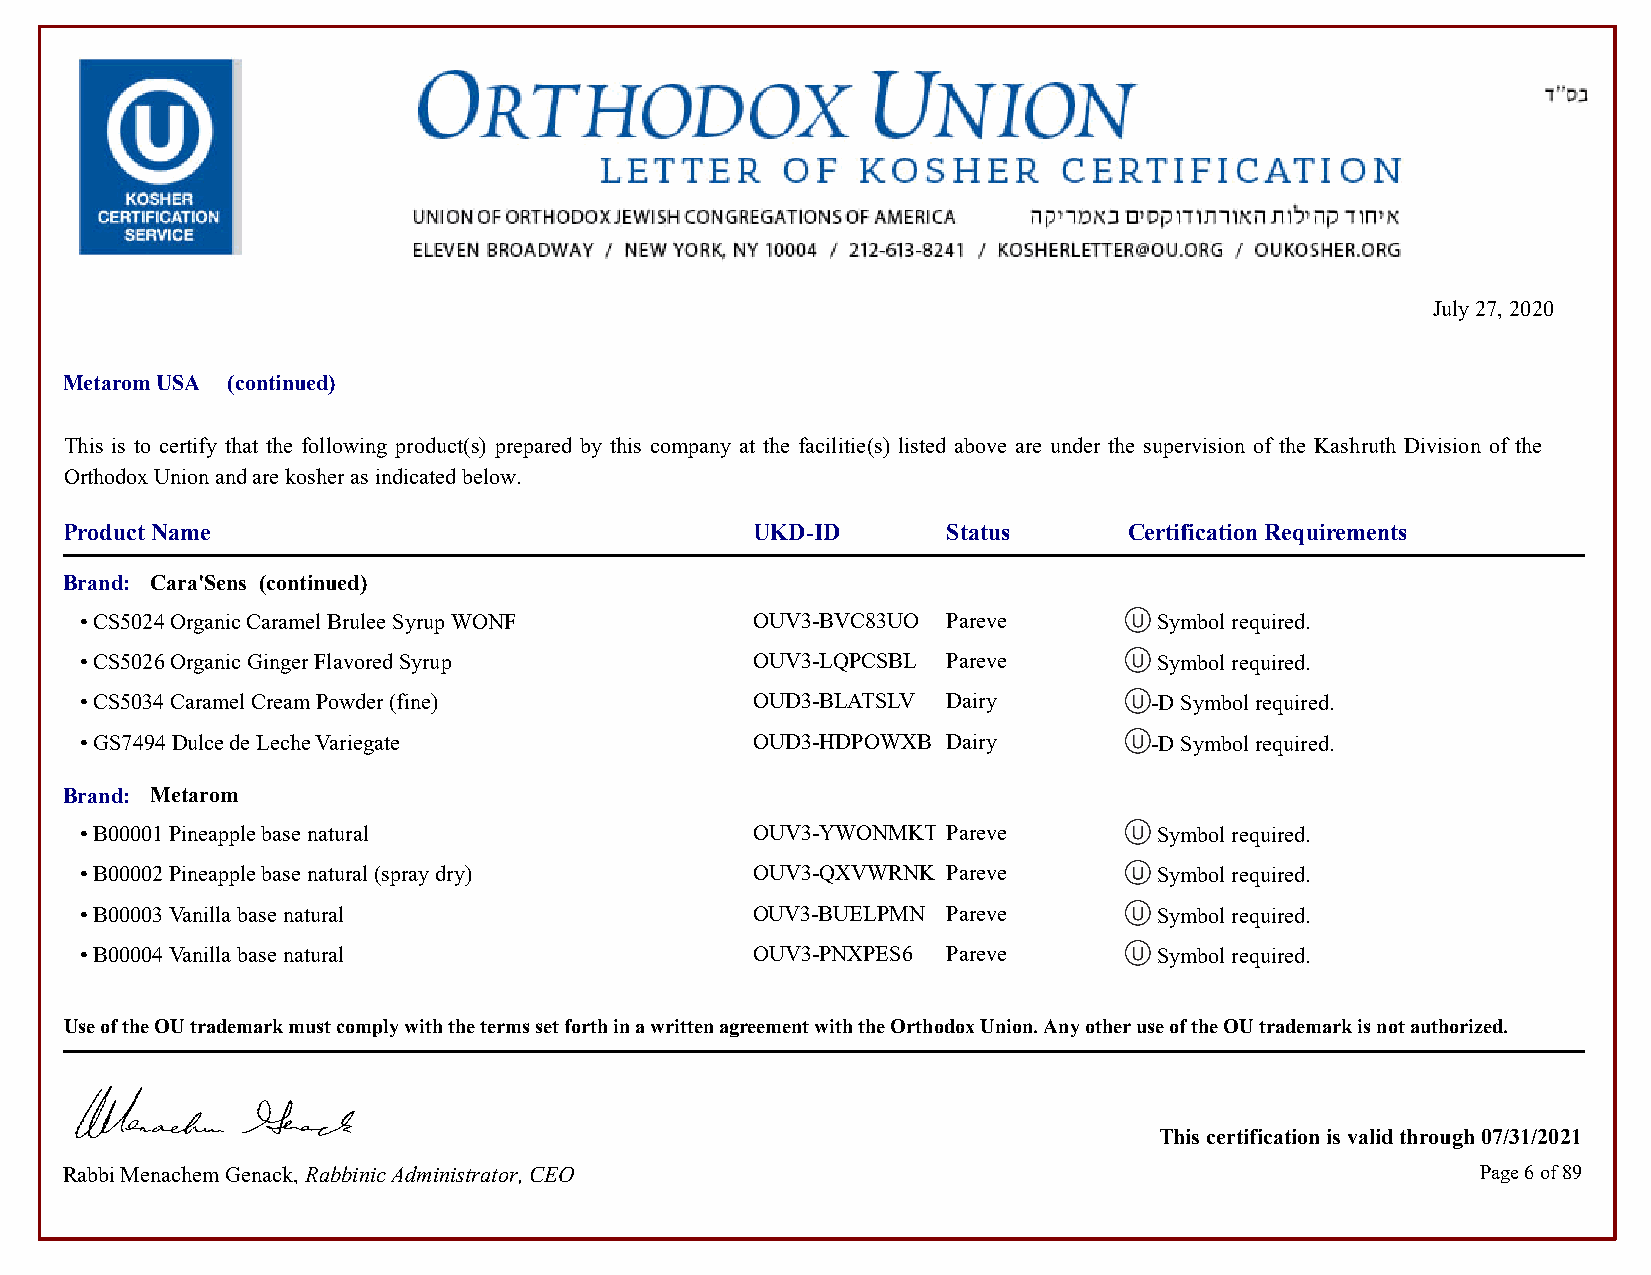
July 27, 2020
 Metarom USA (continued)
 This is to certify that the following product(s) prepared by this company at the facilitie(s) listed above are under the supervision of the Kashruth Division of the
 Orthodox Union and are kosher as indicated below.
 Product Name                                  UKD-ID       Status      Certification Requirements
 Brand: Cara'Sens (continued)
 • CS5024 Organic Caramel Brulee Syrup WONF   OUV3-BVC83UO Pareve        Symbol required.            Symbol required.
 • CS5026 Organic Ginger Flavored Syrup       OUV3-LQPCSBL Pareve        Symbol required.            Symbol required.
 • CS5034 Caramel Cream Powder (fine)         OUD3-BLATSLV Dairy        -D Symbol required.          -D Symbol required.
 • GS7494 Dulce de Leche Variegate            OUD3-HDPOWXB Dairy        -D Symbol required.          -D Symbol required.
 Brand: Metarom
 • B00001 Pineapple base natural              OUV3-YWONMKT Pareve        Symbol required.            Symbol required.
 • B00002 Pineapple base natural (spray dry)  OUV3-QXVWRNK Pareve        Symbol required.            Symbol required.
 • B00003 Vanilla base natural                OUV3-BUELPMN Pareve        Symbol required.            Symbol required.
 • B00004 Vanilla base natural                OUV3-PNXPES6 Pareve        Symbol required.            Symbol required.
 Use of the OU trademark must comply with the terms set forth in a written agreement with the Orthodox Union. Any other use of the OU trademark is not authorized.
 This certification is valid through 07/31/2021
 Rabbi Menachem Genack, Rabbinic Administrator, CEO                                            Page 6 of 89